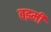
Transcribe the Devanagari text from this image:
बझ्मी